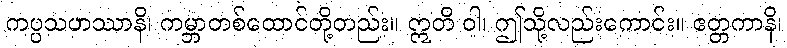
ကပ္ပသဟဿာနိ၊ ကမ္ဘာတစ်ထောင်တို့တည်း။ ဣတိ ဝါ၊ ဤသို့လည်းကောင်း။ ဧတ္တကာနိ၊